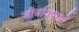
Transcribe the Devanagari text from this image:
जीवविषाभों